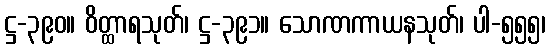
ဋ္ဌ-၃၉၀။ ဝိတ္ထာရသုတ်၊ ဋ္ဌ-၃၉၁။ သောဏကာယနသုတ်၊ ပါ-၅၅၅၊